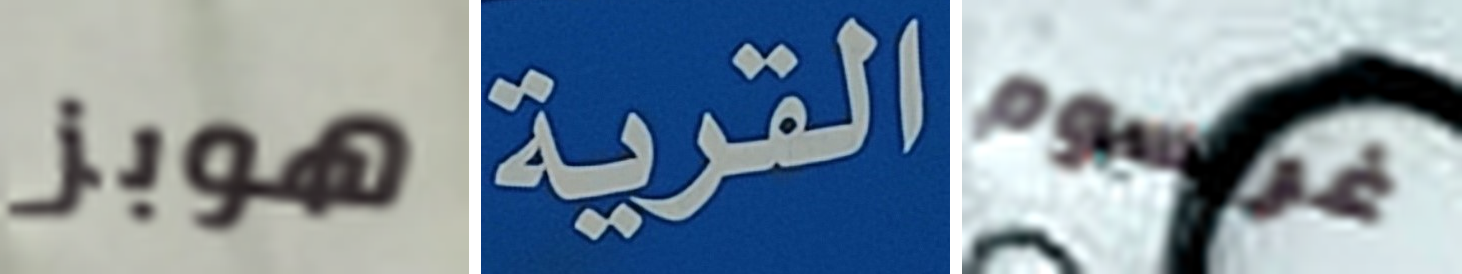
هوبز القرية غريسوم